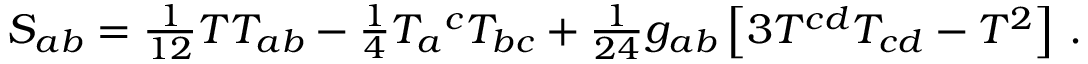
S _ { a b } = \textstyle { \frac { 1 } { 1 2 } } T T _ { a b } - \textstyle { \frac { 1 } { 4 } } T _ { a } { } ^ { c } T _ { b c } + \textstyle { \frac { 1 } { 2 4 } } g _ { a b } \left[ 3 T ^ { c d } T _ { c d } - T ^ { 2 } \right] \, .